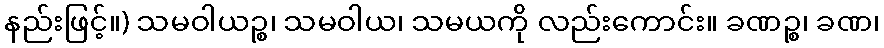
နည်းဖြင့်။) သမဝါယဉ္စ၊ သမဝါယ၊ သမယကို လည်းကောင်း။ ခဏဉ္စ၊ ခဏ၊